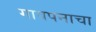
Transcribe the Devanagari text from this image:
गावपनाचा